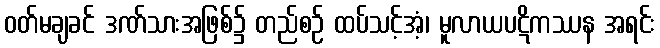
ဝတ်မချခင် ဒဏ်သားအဖြစ်၌ တည်စဉ် ထပ်သင့်အံ့၊ မူလာယပဋိကဿန အရင်း